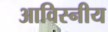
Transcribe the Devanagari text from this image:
आविस्नीय